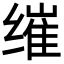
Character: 𮉮